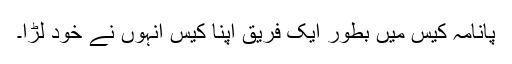
پانامہ کیس میں بطور ایک فریق اپنا کیس انہوں نے خود لڑا۔